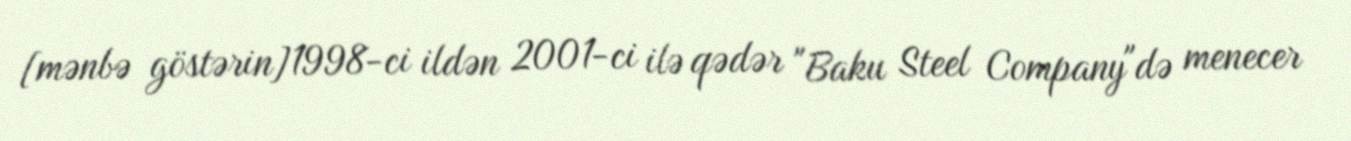
[mənbə göstərin]1998-ci ildən 2001-ci ilə qədər "Baku Steel Company"də menecer